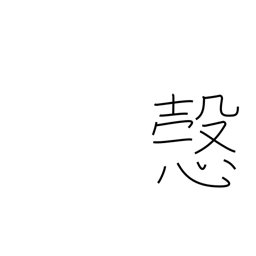
Meaning: sincerely